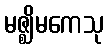
မဇ္ဈိမကေသု